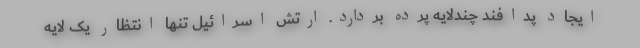
ایجاد پدافندِ چندلایه پرده بردارد. ارتش اسرائیل تنها انتظار یک لایه